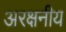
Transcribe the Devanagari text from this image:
अरक्षनीय